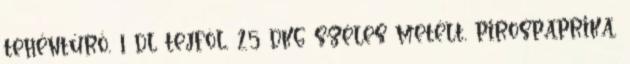
tehéntúró, 1 dl tejföl, 25 dkg széles metélt, pirospaprika,